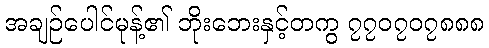
အချဉ်ပေါင်မုန့်၏ ဘိုးဘေးနှင့်တကွ ၇၇၀၇၀၇၈၈၈